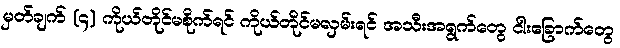
မှတ်ချက် (၄) ကိုယ်တိုင်မစိုက်ရင် ကိုယ်တိုင်မလှမ်းရင် အသီးအရွက်တွေ ငါးခြောက်တွေ